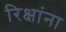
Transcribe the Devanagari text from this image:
रिक्षांना